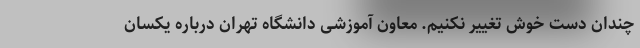
چندان دست خوش تغییر نکنیم. معاون آموزشی دانشگاه تهران درباره یکسان